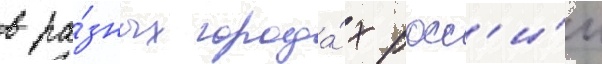
в ра́зных города́х росс'и́и